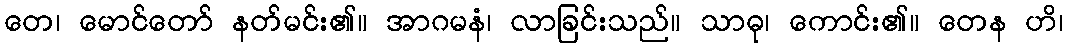
တေ၊ မောင်တော် နတ်မင်း၏။ အာဂမနံ၊ လာခြင်းသည်။ သာဓု၊ ကောင်း၏။ တေန ဟိ၊